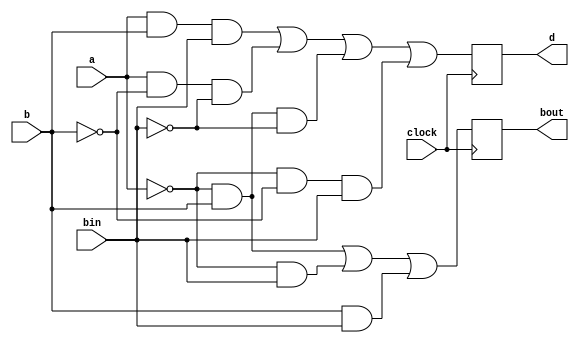
`timescale 1ns / 1ps

module fullSub(
    input clock,
    input a,
    input b,
    input bin,
    output reg d,
    output reg bout
    );
always @(posedge clock)
    begin
    d <= (a & b & bin)|(a & ~b & ~bin)|(~a & b & ~bin)|(~a & ~b & bin);
    bout <= (~a & b)|(~a & bin)|(b & bin);
    end    
endmodule